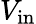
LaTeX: V_{\mathrm{in}}